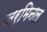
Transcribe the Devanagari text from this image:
जर्मिनल